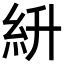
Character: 𥾷